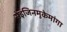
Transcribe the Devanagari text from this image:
सेइजिनमुकेमांगा